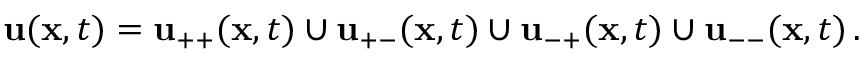
{ \mathbf { u } } ( { \mathbf { x } } , t ) = { \mathbf { u } } _ { + + } ( { \mathbf { x } } , t ) \cup { \mathbf { u } } _ { + - } ( { \mathbf { x } } , t ) \cup { \mathbf { u } } _ { - + } ( { \mathbf { x } } , t ) \cup { \mathbf { u } } _ { -- } ( { \mathbf { x } } , t ) \, .